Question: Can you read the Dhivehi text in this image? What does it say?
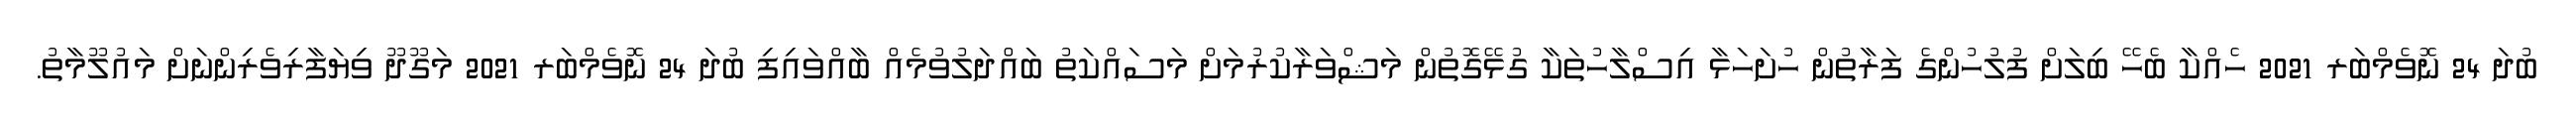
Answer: ބުދަ 24 ނޮވެމްބަރ 2021 ހެއްކާ ބެހޭ ބިލަށް ފުލުހުންގެ ފަރާތުން ހުށަހަޅާ އިސްލާހުތަކާ ގުޅޭގޮތުން މަޝްވަރާކުރުމަށް މަސައްކަތު ބައްދަލުވުމެއް ބާއްވައިފި ބުދަ 24 ނޮވެމްބަރ 2021 މަގޫދޫ ވިޔަފާރިވެރިންނަށް މައުލޫމާތު.